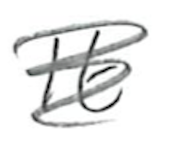
Text: It
Cross-out: scratch
Writing tool: pencil